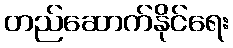
တည်ဆောက်နိုင်ရေး